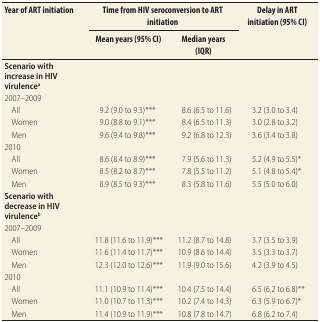
| <ROWSPAN=2> Year of ART initiation | <COLSPAN=2> Time from HIV seroconversion to ART initiation | <ROWSPAN=2> Delay in ART initiation (95% CI) |
 | Mean years (95% CI) | Median years (IQR) |
 | --- | --- | --- | --- |
 | Scenario with increase in HIV virulencea |  |  |  |
 | 2007–2009 |  |  |  |
 | All | 9.2 (9.0 to 9.3)*** | 8.6 (6.5 to 11.6) | 3.2 (3.0 to 3.4) |
 | Women | 9.0 (8.8 to 9.1)*** | 8.4 (6.5 to 11.3) | 3.0 (2.8 to 3.2) |
 | Men | 9.6 (9.4 to 9.8)*** | 9.2 (6.8 to 12.3) | 3.6 (3.4 to 3.8) |
 | 2010 |  |  |  |
 | All | 8.6 (8.4 to 8.9)*** | 7.9 (5.6 to 11.3) | 5.2 (4.9 to 5.5)* |
 | Women | 8.5 (8.2 to 8.7)*** | 7.8 (5.5 to 11.2) | 5.1 (4.8 to 5.4)* |
 | Men | 8.9 (8.5 to 9.3)*** | 8.3 (5.8 to 11.6) | 5.5 (5.0 to 6.0) |
 | Scenario with decrease in HIV virulenceb |  |  |  |
 | 2007–2009 |  |  |  |
 | All | 11.8 (11.6 to 11.9)*** | 11.2 (8.7 to 14.8) | 3.7 (3.5 to 3.9) |
 | Women | 11.6 (11.4 to 11.7)*** | 10.9 (8.6 to 14.4) | 3.5 (3.3 to 3.7) |
 | Men | 12.3 (12.0 to 12.6)*** | 11.9 (9.0 to 15.6) | 4.2 (3.9 to 4.5) |
 | 2010 |  |  |  |
 | All | 11.1 (10.9 to 11.4)*** | 10.4 (7.5 to 14.4) | 6.5 (6.2 to 6.8)** |
 | Women | 11.0 (10.7 to 11.3)*** | 10.2 (7.4 to 14.3) | 6.3 (5.9 to 6.7)* |
 | Men | 11.4 (10.9 to 11.9)*** | 10.8 (7.8 to 14.7) | 6.8 (6.2 to 7.4) |